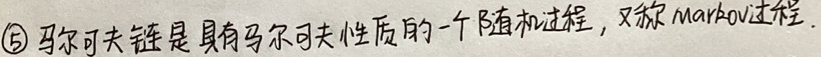
\textcircled{5} 马尔可夫链是具有马尔可夫性质的一个随机过程，又称 Markov过程.